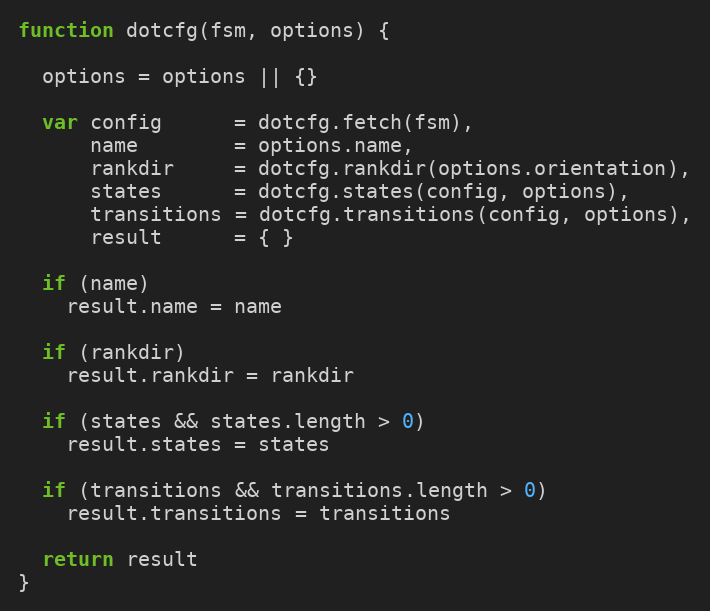
Language: JavaScript
function dotcfg(fsm, options) {

  options = options || {}

  var config      = dotcfg.fetch(fsm),
      name        = options.name,
      rankdir     = dotcfg.rankdir(options.orientation),
      states      = dotcfg.states(config, options),
      transitions = dotcfg.transitions(config, options),
      result      = { }

  if (name)
    result.name = name

  if (rankdir)
    result.rankdir = rankdir

  if (states && states.length > 0)
    result.states = states

  if (transitions && transitions.length > 0)
    result.transitions = transitions

  return result
}